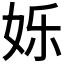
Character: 𮰽